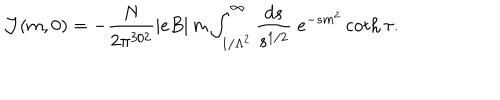
{ \cal J } ( m , 0 ) = - \frac { N } { 2 \pi ^ { 3 / 2 } } | e B | \, m \int _ { 1 / \Lambda ^ { 2 } } ^ { \infty } \frac { d s } { s ^ { 1 / 2 } } \; e ^ { - s m ^ { 2 } } \coth \tau .